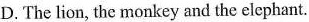
D. The lion, the monkey and the elephant.